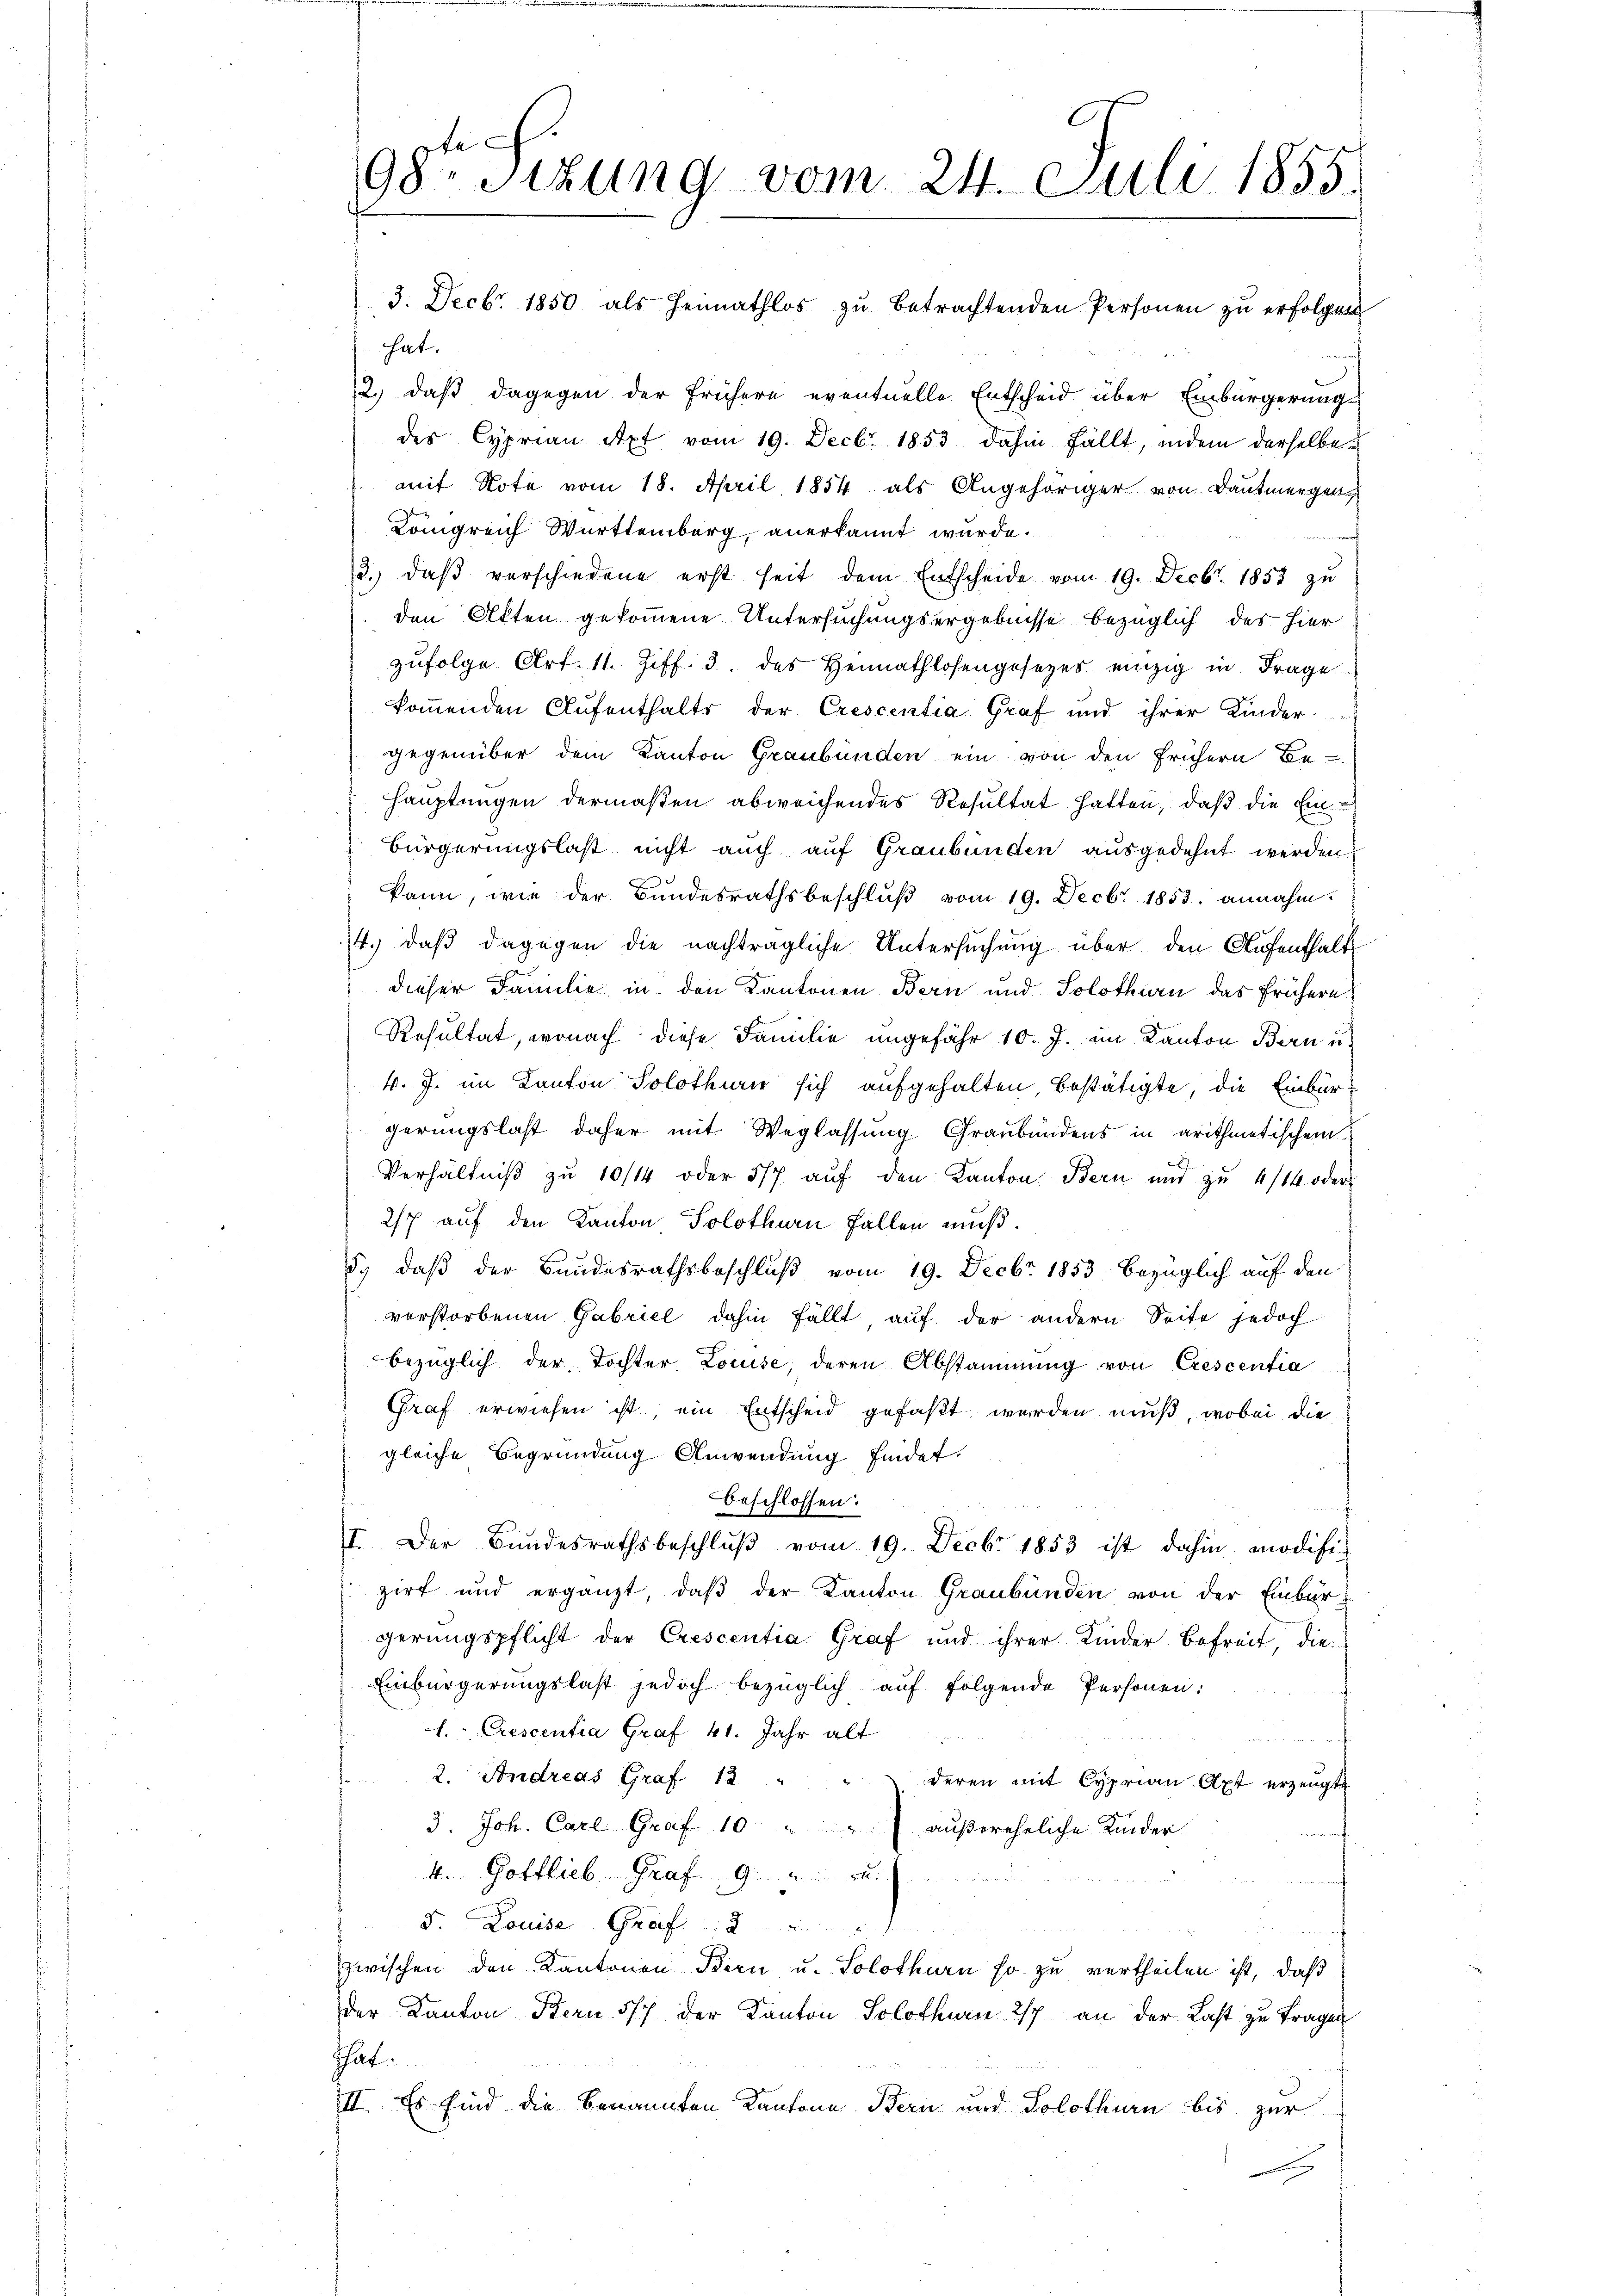
98ten Sizung vom 24. Juli 1855.

hat.

3. Decbr. 1850 als Heimathlos zŭ betrachtenden Personen zu erfolgen
2.) daß dagegen der frühere eventuelle Entscheid über Einbürgerung
des Cyprian Axt vom 19. Decbr. 1853 dahin fällt, indem derselben
mit Note vom 18. April 1854 als Angehöriger von Daumergen,
Königreich Württemberg, anerkannt wurde.
3.) daß verschiedene erst seit dem Entscheide vom 19. Decbr. 1853 zu
den Akten gekommene Untersuchungsergebnisse bezüglich der hier
zŭfolge Art. 11. Ziff. 3. des Heimathlosengesetzes einzig in Frage
kommenden Aufenthalts der Crescentia Graf und ihrer Kinder
gegenüber dem Kanton Graubünden ein von den frühern Be-
Hauptungen dermaßen abweichendes Resultat hatten, daß die Ein¬
Bürgerungslast nicht auch auf Graubünden ausgedehnt werden
kann, wie der Bundesrathsbeschluß vom 19. Decbr. 1853. annahm
14.) daß dagegen die nachträgliche Untersuchung über den Aufenthalt
dieser Familie in den Kantonen Bern und Solothurn das frühere
Resultat, wonach diese Familie ungefähr 10. J. im Kanton Bern u.
k. J. im Kanton Solothurn sich aufgehalten, bestätigte, die Einburgerungslast daher mit Weglassung Graubündens in arithmetischem
Verhältniβ zŭ 10/14 oder 5/7 aŭf den Kanton Bern und zu 4/14 oder
2/7 auf den Kanton Solothurn Fallen muß.
d.) daß der Bundesrathsbeschluß vom 19. Decbr 1853 bezüglich auf den
vorstorbenen Gabriel dahin fällt auf der andern Seite jedoch
bezüglich der Tochter Louise, deren Abstammung von Crescentia
Graf erwiesen ist, ein Entscheid gefaßt werden muß, wobei die
gleiche Begründung Anwendung findet.
beschlossen:
I. Der Bundesrathsbeschlŭβ vom 19. Decbr 1853 ist dahin modifizirt und ergänzt, daß der Kanton Graubünden von der Einbur
gerungspflicht der Crescentia Graf und ihrer Kinder Befreit, die
Einbürgerungslast jedoch bezüglich auf folgende Personen:
l. Crescentia Graf 41. Jahr alt
2. Andreas Graf 12 " "
deren mit Cyprian Axt erzeugte
3. Joh. Carl Graf 10 " " außereheliche Kinder
4. Gottlieb. Graf. 9 u.
D. Louise Graf
zwischen den Kantonen Bern u. Solothurn so zu vertheilen ist, daß
der Kanton Fern 577 der Kanton Solothurn 2/3 an der Last zu tragen
hat:
II. Es sind die benannten Kantone Bern und Solothurn bis zur
s